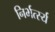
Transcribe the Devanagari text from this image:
निर्भर्त्स्य